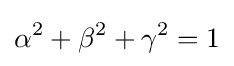
\alpha ^{2}+\beta ^{2}+\gamma ^{2}=1